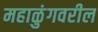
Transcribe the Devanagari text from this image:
महाळुंगवरील